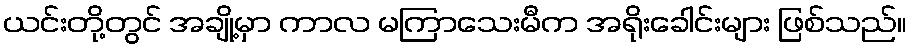
ယင်းတို့တွင် အချို့မှာ ကာလ မကြာသေးမီက အရိုးခေါင်းများ ဖြစ်သည်။